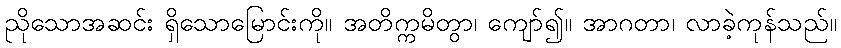
ညိုသောအဆင်း ရှိသောမြောင်းကို။ အတိက္ကမိတွာ၊ ကျော်၍။ အာဂတာ၊ လာခဲ့ကုန်သည်။